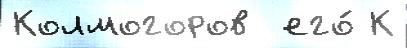
Колмогоров  его́ К